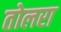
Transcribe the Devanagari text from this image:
तोलरा